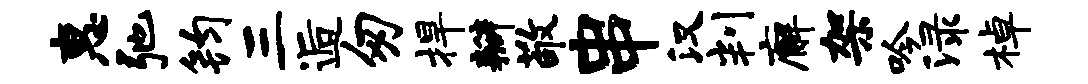
惠弛钧三逅匆捍瓣敬串汉判廨架吟渌棹